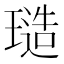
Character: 𭹱